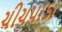
ચીચપાડા